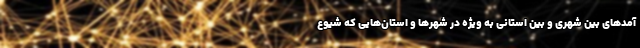
آمدهای بین شهری و بین استانی به ویژه در شهرها و استان‌هایی که شیوع